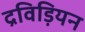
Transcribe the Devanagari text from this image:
द्रविड़ियन